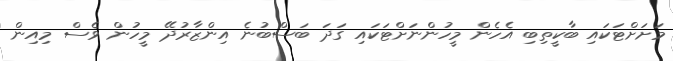
މަށަށްޓަކައި ބާކީތިބި އެހެން މީހުންނަށްޓަކައި ގަދަ ބަސްބުނެ އިންޒާރުދޭ މީހުން ވެސް މިއިން